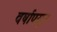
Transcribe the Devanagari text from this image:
वर्षापसुन